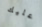
عليك